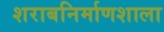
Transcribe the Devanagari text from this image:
शराबनिर्माणशाला